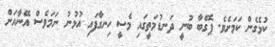
ކުޅެގެން ކަމަށެވެ. ޕޮގްބާ ބުނީ ދަނޑުމަތީގައި މެސީ ހިނގާފައި އުޅުނު ނަމަވެސް އޭނާއަށް